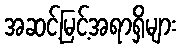
အဆင့်မြင့်အရာရှိများ